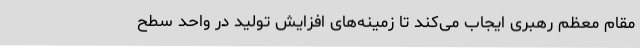
مقام معظم رهبری ایجاب می‌کند تا زمینه‌های افزایش تولید در واحد سطح